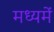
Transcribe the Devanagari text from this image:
मध्‍यमें